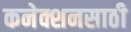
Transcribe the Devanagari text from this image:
कनेक्शनसाठी